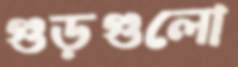
গুড়গুলো